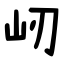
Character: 屻